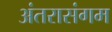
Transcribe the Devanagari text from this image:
अंतरासंगम